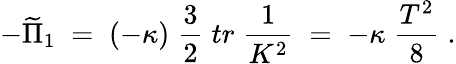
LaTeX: -\widetilde{\Pi}_{1}\; =\; (-\kappa)\; \frac{3}{2}\; tr\; \frac{1}{K^{2}}\; =\; -\kappa\; \frac{T^{2}}{8}\; .